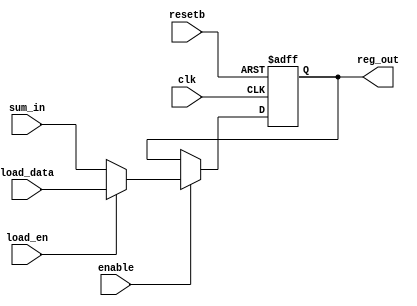
//Verilog HDL for "tirunels_design", "veri_phase_comp_high_coarse_reg" "functional"


module veri_phase_comp_high_coarse_reg (resetb, enable,sum_in,clk,reg_out,load_en,load_data);

input clk;
input resetb;
input enable;
input load_en;
input [1:0] load_data;
input [1:0] sum_in;
output [1:0] reg_out;
reg [1:0] reg_out;

always@(posedge clk or negedge resetb)
if(~resetb)
 reg_out <= 2'b01;
else
if(enable)
  if(load_en)
  reg_out <= load_data;
else
  reg_out <= sum_in;

endmodule